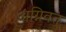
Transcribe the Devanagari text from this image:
अग्निवत्